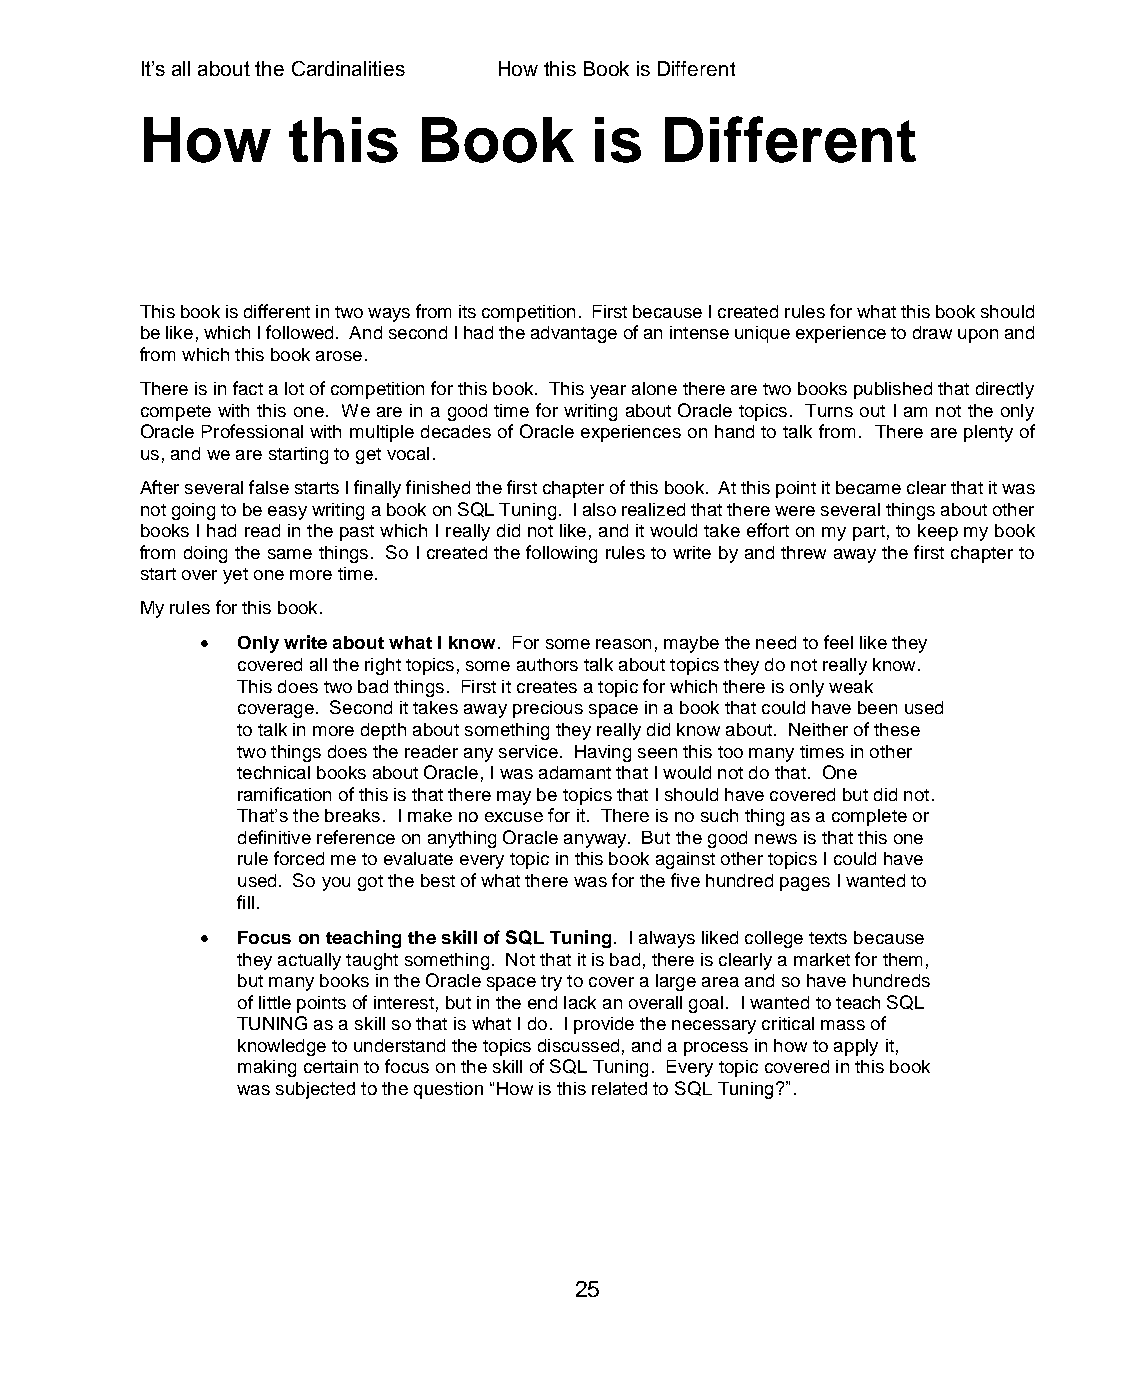
It’s all about the Cardinalities How this Book is Different
 How       this     Book       is   Different
 This book is different in two ways from its competition. First because I created rules for what this book should
 be like, which I followed. And second I had the advantage of an intense unique experience to draw upon and
 from which this book arose.
 There is in fact a lot of competition for this book. This year alone there are two books published that directly
 compete with this one. We are in a good time for writing about Oracle topics. Turns out I am not the only
 Oracle Professional with multiple decades of Oracle experiences on hand to talk from. There are plenty of
 us, and we are starting to get vocal.
 After several false starts I finally finished the first chapter of this book. At this point it became clear that it was
 not going to be easy writing a book on SQL Tuning. I also realized that there were several things about other
 books I had read in the past which I really did not like, and it would take effort on my part, to keep my book
 from doing the same things. So I created the following rules to write by and threw away the first chapter to
 start over yet one more time.
 My rules for this book.
   Only write about what I know. For some reason, maybe the need to feel like they
 covered all the right topics, some authors talk about topics they do not really know.
 This does two bad things. First it creates a topic for which there is only weak
 coverage. Second it takes away precious space in a book that could have been used
 to talk in more depth about something they really did know about. Neither of these
 two things does the reader any service. Having seen this too many times in other
 technical books about Oracle, I was adamant that I would not do that. One
 ramification of this is that there may be topics that I should have covered but did not.
 That’s the breaks. I make no excuse for it. There is no such thing as a complete or
 definitive reference on anything Oracle anyway. But the good news is that this one
 rule forced me to evaluate every topic in this book against other topics I could have
 used. So you got the best of what there was for the five hundred pages I wanted to
 fill.
   Focus on teaching the skill of SQL Tuning. I always liked college texts because
 they actually taught something. Not that it is bad, there is clearly a market for them,
 but many books in the Oracle space try to cover a large area and so have hundreds
 of little points of interest, but in the end lack an overall goal. I wanted to teach SQL
 TUNING as a skill so that is what I do. I provide the necessary critical mass of
 knowledge to understand the topics discussed, and a process in how to apply it,
 making certain to focus on the skill of SQL Tuning. Every topic covered in this book
 was subjected to the question “How is this related to SQL Tuning?”.
 25